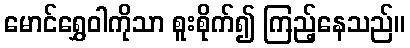
မောင်ရွှေဝါကိုသာ စူးစိုက်၍ ကြည့်နေသည်။